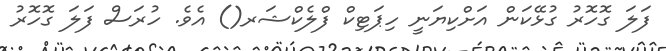
ފަލަ ގޮހޮރު ގުޅޭކަން އަށްކިޔަނީ ހިޕަޓިކް ފްލެކްޝަރ() އެވެ. ހުރަސް ފަލަ ގޮހޮރު